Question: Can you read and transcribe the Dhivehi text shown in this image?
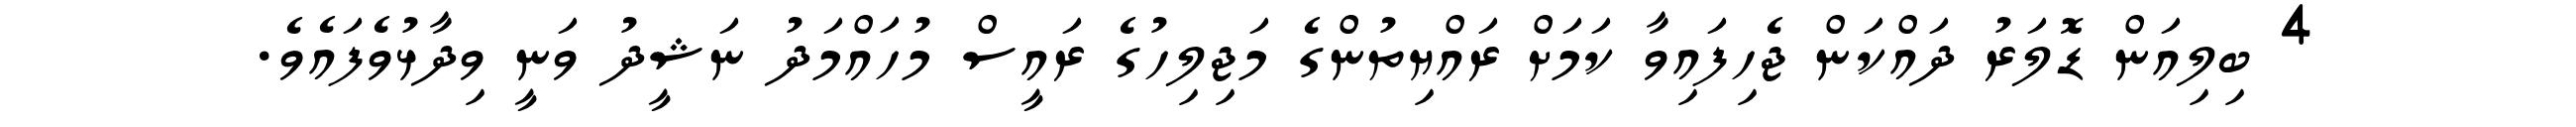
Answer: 4 ބިލިއަން ޑޮލަރު ދައްކަން ޖެހިފައިވާ ކަމަށް ރައްޔިތުންގެ މަޖިލިހުގެ ރައީސް މުހައްމަދު ނަޝީދު ވަނީ ވިދާޅުވެފައެވެ.